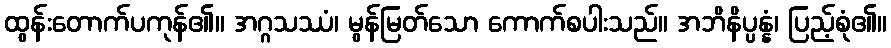
ထွန်းတောက်ပကုန်၏။ အဂ္ဂသဿံ၊ မွန်မြတ်သော ကောက်စပါးသည်။ အဘိနိပ္ပန္နံ၊ ပြည့်စုံ၏။